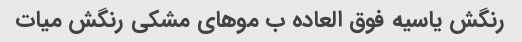
رنگش یاسیه فوق العاده ب موهای مشکی رنگش میات